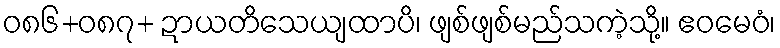
ဝ၈၆+၀၈၇+ ဍာယတိသေယျထာပိ၊ ဖျစ်ဖျစ်မည်သကဲ့သို့။ ဧဝမေဝံ၊